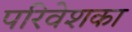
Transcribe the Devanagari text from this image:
परिवेशका